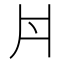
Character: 𠂁